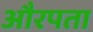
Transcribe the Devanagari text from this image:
औरपता